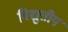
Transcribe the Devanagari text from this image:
विद्युत्तीय